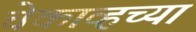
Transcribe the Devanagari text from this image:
चेकाव्हच्या